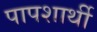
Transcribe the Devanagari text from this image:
पापशार्थी